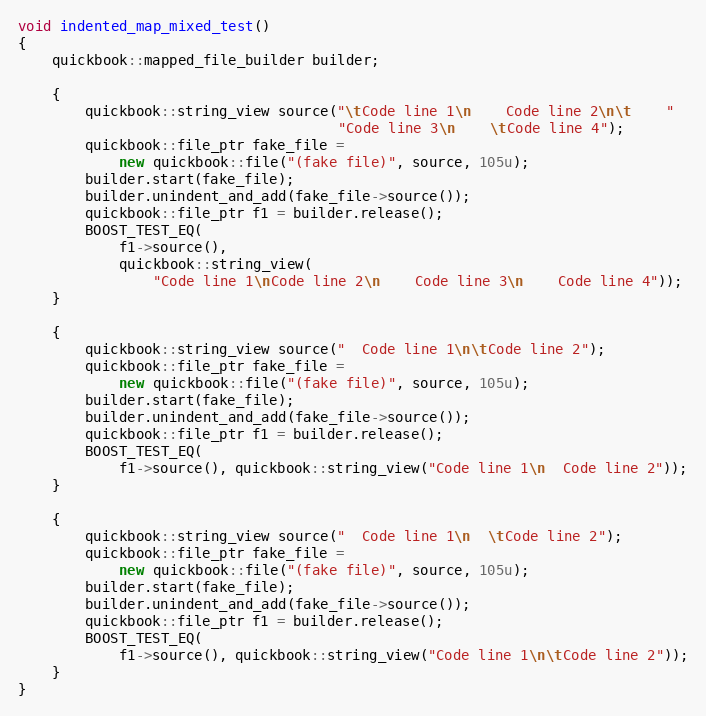
Language: C++
void indented_map_mixed_test()
{
    quickbook::mapped_file_builder builder;

    {
        quickbook::string_view source("\tCode line 1\n    Code line 2\n\t    "
                                      "Code line 3\n    \tCode line 4");
        quickbook::file_ptr fake_file =
            new quickbook::file("(fake file)", source, 105u);
        builder.start(fake_file);
        builder.unindent_and_add(fake_file->source());
        quickbook::file_ptr f1 = builder.release();
        BOOST_TEST_EQ(
            f1->source(),
            quickbook::string_view(
                "Code line 1\nCode line 2\n    Code line 3\n    Code line 4"));
    }

    {
        quickbook::string_view source("  Code line 1\n\tCode line 2");
        quickbook::file_ptr fake_file =
            new quickbook::file("(fake file)", source, 105u);
        builder.start(fake_file);
        builder.unindent_and_add(fake_file->source());
        quickbook::file_ptr f1 = builder.release();
        BOOST_TEST_EQ(
            f1->source(), quickbook::string_view("Code line 1\n  Code line 2"));
    }

    {
        quickbook::string_view source("  Code line 1\n  \tCode line 2");
        quickbook::file_ptr fake_file =
            new quickbook::file("(fake file)", source, 105u);
        builder.start(fake_file);
        builder.unindent_and_add(fake_file->source());
        quickbook::file_ptr f1 = builder.release();
        BOOST_TEST_EQ(
            f1->source(), quickbook::string_view("Code line 1\n\tCode line 2"));
    }
}